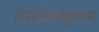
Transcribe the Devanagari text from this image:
रिसेप्टिक्युलम